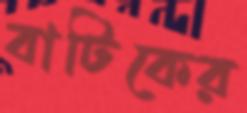
বাটিকের